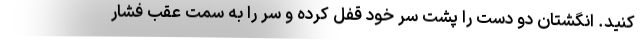
کنید. انگشتان دو دست را پشت سر خود قفل کرده و سر را به سمت عقب فشار